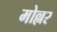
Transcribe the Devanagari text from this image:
मोल्लर